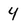
Character: 4